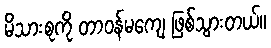
မိသားစုကို တာဝန်မကျေ ဖြစ်သွားတယ်။